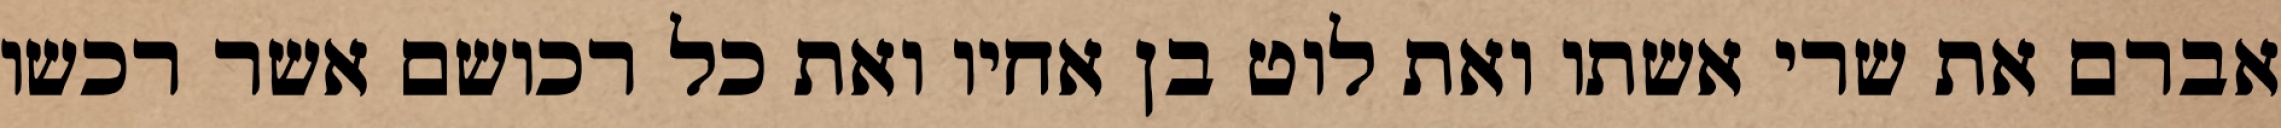
אברם את שרי אשתו ואת לוט בן אחיו ואת כל רכושם אשר רכשו